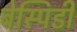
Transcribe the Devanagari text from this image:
बेस्पिडी